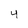
Character: 4